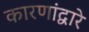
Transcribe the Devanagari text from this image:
कारणांद्वारे